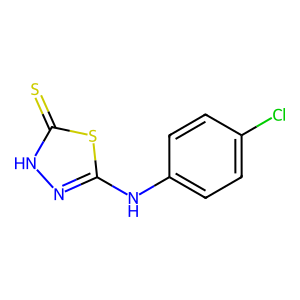
SMILES: S=c1[nH]nc(Nc2ccc(Cl)cc2)s1
Inhibits HIV replication: No